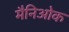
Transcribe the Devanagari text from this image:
मैनिओक